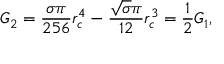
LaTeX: G _ { 2 } = \frac { \sigma \pi } { 2 5 6 } r _ { c } ^ { 4 } - \frac { \sqrt { \sigma } \pi } { 1 2 } r _ { c } ^ { 3 } = \frac { 1 } { 2 } G _ { 1 } ,